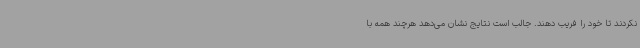
نکردند تا خود را فریب دهند. جالب است نتایج نشان می‌دهد هرچند همه با